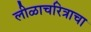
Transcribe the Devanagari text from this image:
लीळाचरित्राचा